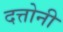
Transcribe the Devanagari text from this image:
दत्तोनी